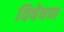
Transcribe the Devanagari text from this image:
विषेषण